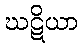
ဃဋိယာ